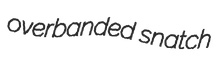
overbanded snatch